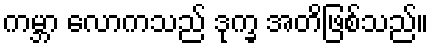
ကမ္ဘာ လောကသည် ဒုက္ခ အတိဖြစ်သည်။